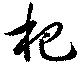
杷